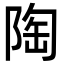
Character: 陶